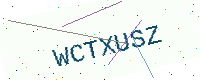
Text: WCTXUSZ